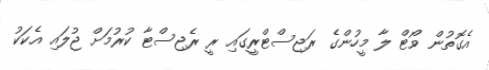
އެގޮތުން ވޯޓް ލާ މީހުންގެ ރަޖިސްޓްރީގައި ރީ ރެޖިސްޓާ ކުރުމަށް ޖުލައި އެކަކު